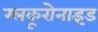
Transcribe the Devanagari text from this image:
ग्लकूरोनाइड